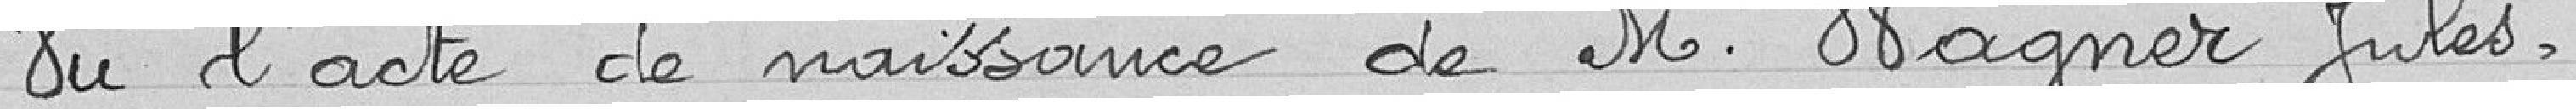
Vu l'acte de naissance de Monsieur Wagner Jules,